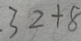
= 2 3 2 + 8